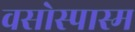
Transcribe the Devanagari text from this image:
वसोस्पास्म